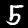
Label: 5